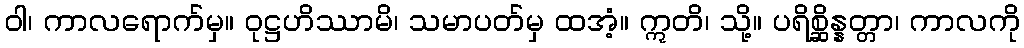
ဝါ၊ ကာလရောက်မှ။ ဝုဋ္ဌဟိဿာမိ၊ သမာပတ်မှ ထအံ့။ ဣတိ၊ သို့။ ပရိစ္ဆိန္နတ္တာ၊ ကာလကို